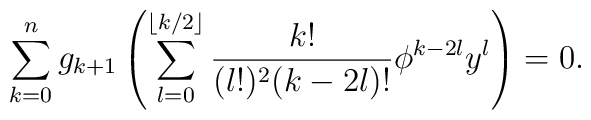
\sum_{k=0}^{n} g_{k+1} \left( \sum_{l=0}^{\lfloor k/2 \rfloor} \frac{k!}{(l!)^2 (k-2l)!} \phi^{k-2l} y^l \right) = 0.